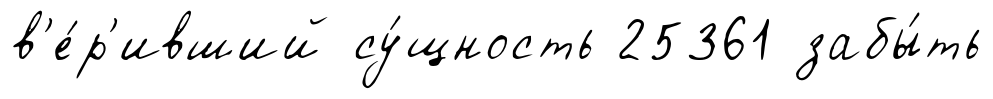
в'е́р'ивший су́щность 25361 забы́ть